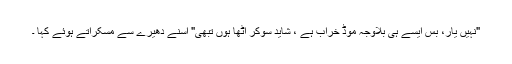
"نہیں یار، بس ایسے ہی بلاوجہ موڈ خراب ہے ، شاید سوکر اٹھا ہوں تبھی" اسنے دھیرے سے مسکراتے ہوئے کہا ۔